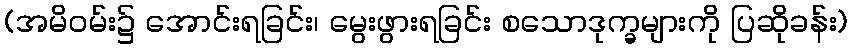
(အမိဝမ်း၌ အောင်းရခြင်း၊ မွေးဖွားရခြင်း စသောဒုက္ခများကို ပြဆိုခန်း)